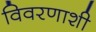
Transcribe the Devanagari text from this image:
विवरणाशी